Scottish Leaving Certificate Examination, 1961
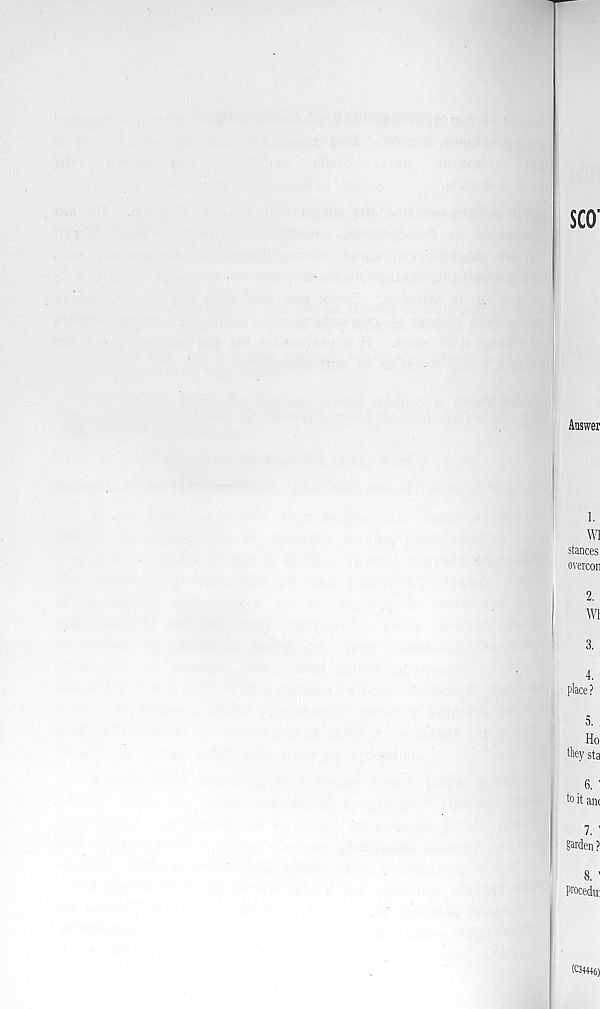
SCO'
Answer
W1
stances
overcon
4.
place ?
5.
Ho
they sta
6.
to it am
7. ’
§©Jen ?
Procedu:
(C3M46)